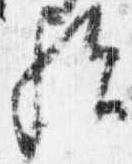
歟